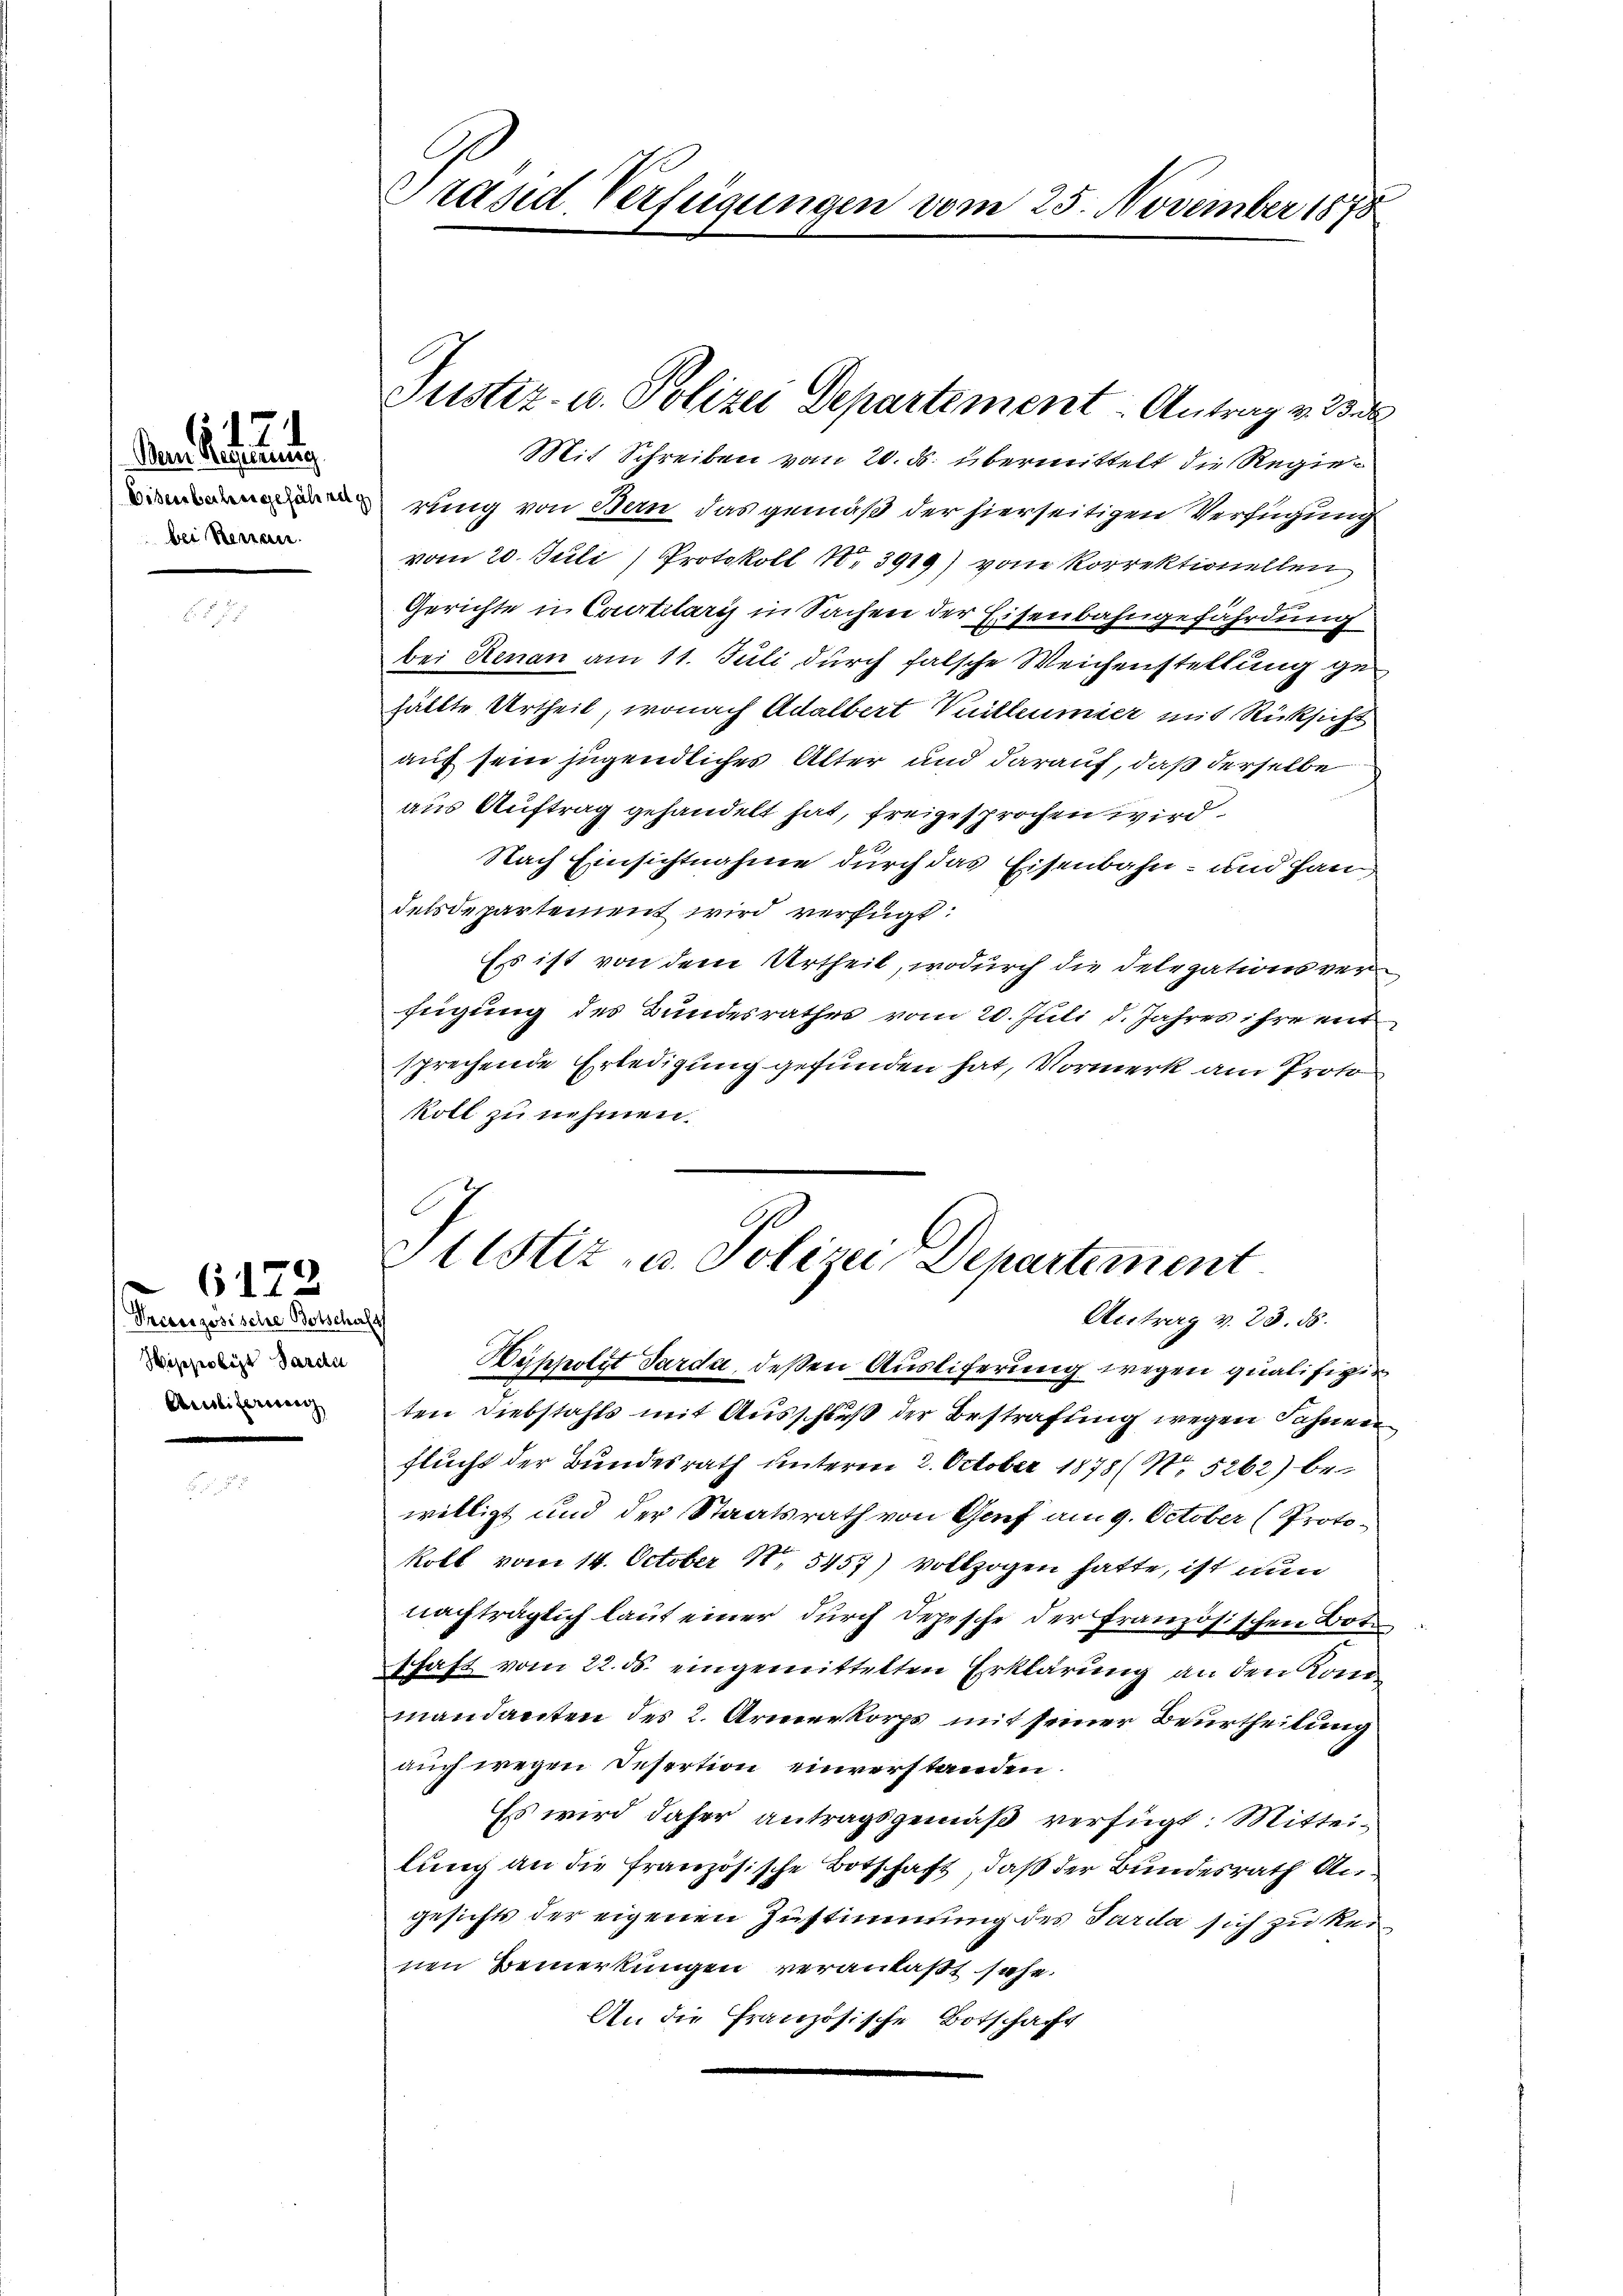
emn Gesetzung
bei Renau.

Preeeszösische Botschaft
Wippolize Sarde
Arliferien

6172

Präsid Verfügungen vom 25. November 1878

Mit Schreiben vom 20. ds. übermittelt die Regierung von Bern das gemäß der hierseitigen Verfügung
vom 20. Juli) Protokoll N. 3919) vom Korrektionellen
Gerichte u. Courtilaris in Sachen der Eisenbahngefährdung
bei Renau am 11. Juli durch falsche Weichenstellung gehällte Urtheil, wonach Adalbert Vuilleumier mit Rücksicht
auf sein jugendliches Alter und darauf, daß derselbe
aus Auftrag gehandelt hat, freigesprochen wird.
Nach Einsichtnahme durch das Eisenbahn- und Han
delsdepartement wird verfügt:
Es ist von dem Urtheil, wodurch die Delegationsverfügung des Bundesrathes vom 20. Juli d. Jahres ihre mit
sprechende Erledigung gefunden hat, Vormerk am Proto
koll zu nehmen.

Justiz- u. Polizei Departement: Antrag v. Bra

Justiz- u. Polizei Departement.
Antrag v. 23. ds.

Büppolst Sarda, deßen Ausliferung wegen qualifizir
ten Diebstahls mit Ausschluß der Bestrafung wegen Sohnen
flucht der Bundesrath unterm 2. October 1878/ No. 5262) bewilligt und der Staatsrath von Genf am 9. October (Protokoll vom 14. October 1. 5457) vollzogen hatte, ist nun
nachträglich laut einer durch Depesche der französischen Bot
schaft vom 22. ds. eingemittelten Erklärung an den Konmandanten des 2. Armeekorps mit seiner Beurtheilung
auch wegen Desertion einverstanden.
Es wird daher antragsgemäß verfügt: Mitteilung an die französische Botschaft, daß der Bundesrath Angesichts der eigenen Zustimmung des Parda sich zu kei
nen Bemerkungen veranlaßt sehe.
An die Französische Botschaft